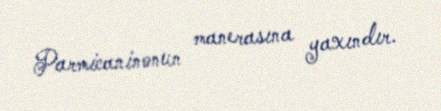
Parmicaninonun manerasına yaxındır.